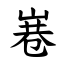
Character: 㟟